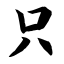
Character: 只